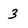
Character: 3